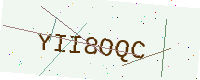
Text: YII8OQC